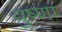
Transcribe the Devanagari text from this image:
वुष्णा